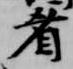
肴